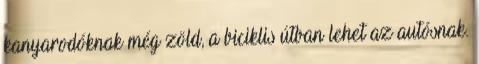
kanyarodóknak még zöld, a biciklis útban lehet az autósnak.